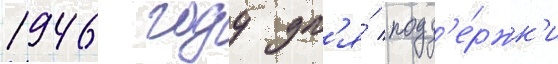
1946 году дл'я́ подд'е́ржк'и